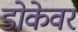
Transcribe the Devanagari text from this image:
डोकेवर